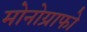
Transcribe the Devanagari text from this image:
मोनोग्राफो